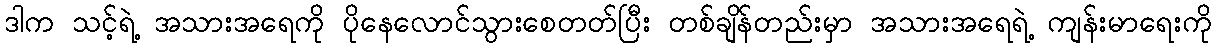
ဒါက သင့်ရဲ့ အသားအရေကို ပိုနေလောင်သွားစေတတ်ပြီး တစ်ချိန်တည်းမှာ အသားအရေရဲ့ ကျန်းမာရေးကို